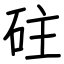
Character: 砫